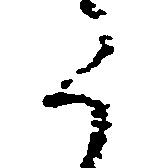
た